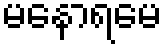
မနောရမေ